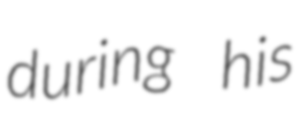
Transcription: during his